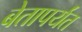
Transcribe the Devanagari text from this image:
बेतापर्यंत